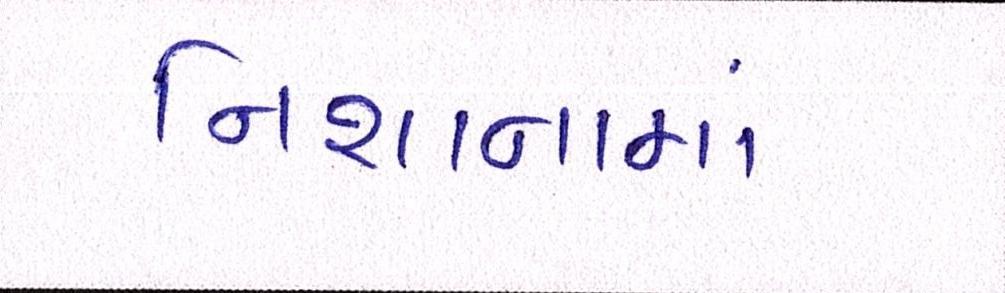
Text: નિશાનામાં